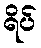
ရိပ်